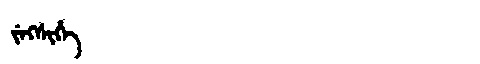
Manchu: ᠵᡝᡴᠰᡳᡥᡝ
Romanization: JEKSIHE